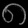
Digit: ၈